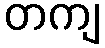
တကျ